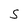
Character: S